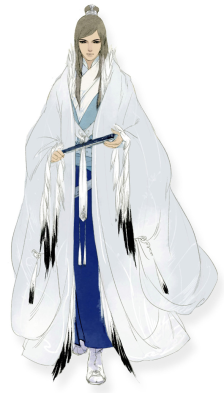
朝闻游子唱离歌，昨夜微霜初渡河。